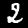
Label: 2